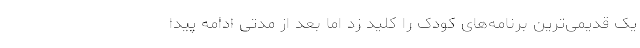
یک قدیمی‌ترین برنامه‌های کودک را کلید زد اما بعد از مدتی ادامه پیدا